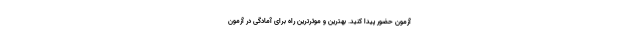
آزمون حضور پیدا کنید. بهترین و موثرترین راه برای آمادگی در آزمون